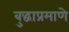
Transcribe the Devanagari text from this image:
बुद्धाप्रमाणे